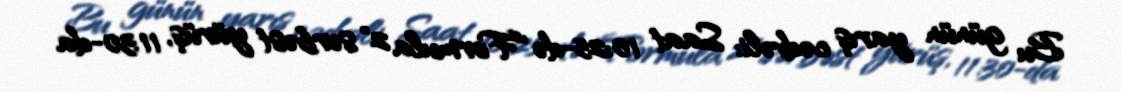
Bu günün yarış cədvəli: Saat 10:25-də "Formula 2" sərbəst yürüş, 11:30-da